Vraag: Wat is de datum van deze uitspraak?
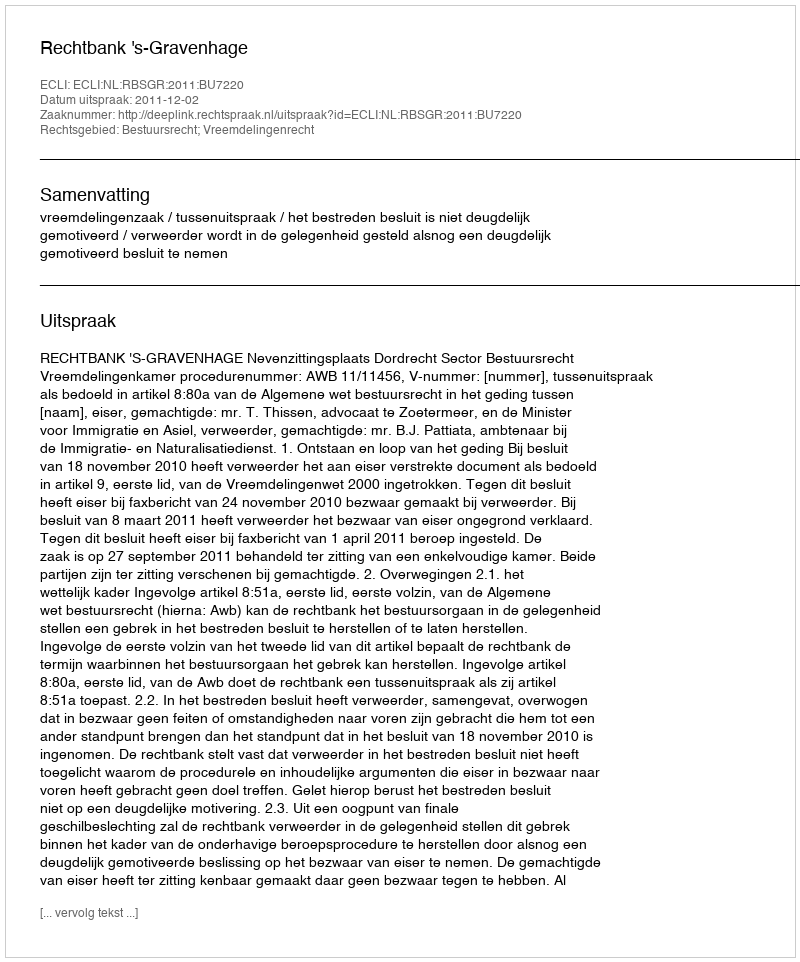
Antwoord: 2011-12-02